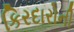
કિરદારોની